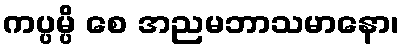
ကပ္ပမ္ပိ စေ အညမဘာသမာနော၊